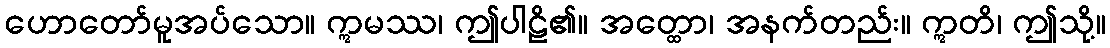
ဟောတော်မူအပ်သော။ ဣမဿ၊ ဤပါဠိ၏။ အတ္ထော၊ အနက်တည်း။ ဣတိ၊ ဤသို့။